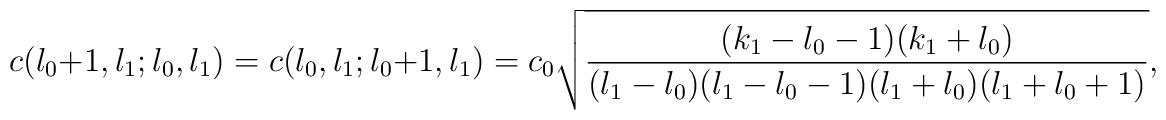
c(l_{0}+1,l_{1};l_{0},l_{1}) =c(l_{0},l_{1};l_{0}+1,l_{1})=c_{0} \sqrt{\frac{(k_{1}-l_{0}-1)(k_{1}+l_{0})}{(l_{1}-l_{0})(l_{1}-l_{0}-1) (l_{1}+l_{0}) (l_{1}+l_{0}+1)}},